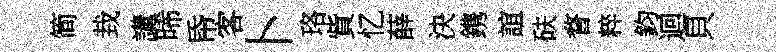
简㘽講晞帋客卜珞貲忆薛決鎸誼砆瞀粹鈞迴貝